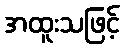
အထူးသဖြင့်